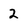
Character: 2